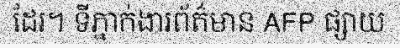
ដែរ។ ទីភ្នាក់ងារព័ត៌មាន AFP ផ្សាយ